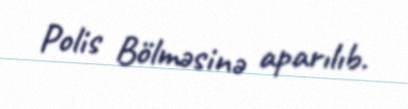
Polis Bölməsinə aparılıb.